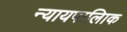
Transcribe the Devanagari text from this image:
न्यायपालिाक